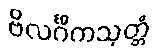
ဗိလင်္ဂိကသုတ္တံ